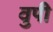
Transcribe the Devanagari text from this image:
वुपी